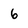
Character: 6